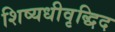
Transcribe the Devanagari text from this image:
शिष्यधीवृद्धिद